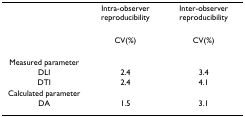
<table><thead><tr><td></td><td><b>Intra-observer reproducibility</b></td><td><b>Inter-observer reproducibility</b></td></tr><tr><td></td><td><b>CV(%)</b></td><td><b>CV(%)</b></td></tr></thead><tbody><tr><td>Measured parameter</td><td></td><td></td></tr><tr><td>DLI</td><td>2.4</td><td>3.4</td></tr><tr><td>DTI</td><td>2.4</td><td>4.1</td></tr><tr><td>Calculated parameter</td><td></td><td></td></tr><tr><td>DA</td><td>1.5</td><td>3.1</td></tr></tbody></table>